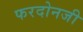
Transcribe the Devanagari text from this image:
फरदोनजी